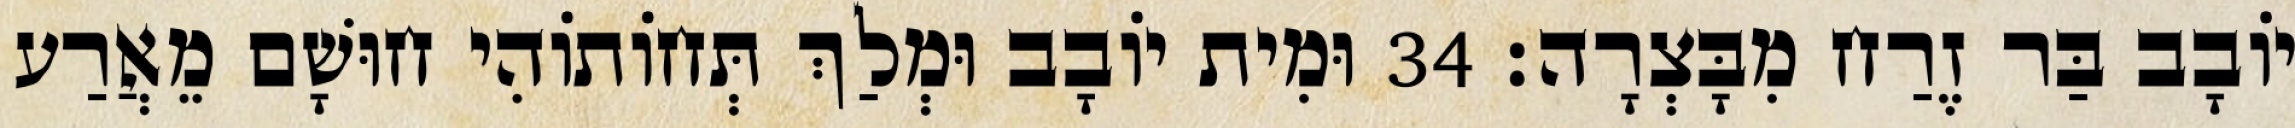
יוֹבָב בַּר זֶרַח מִבָּצְרָה׃ 34 וּמִית יוֹבָב וּמְלַךְ תְּחוֹתוֹהִי חוּשָׁם מֵאֲרַע